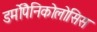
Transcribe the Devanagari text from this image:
डर्मोपैनिकोलोसिस